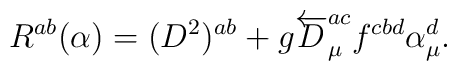
R^{ab}({\alpha})=(D^2)^{ab}+g\overleftarrow{D}_\mu^{ac}f^{cbd}\alpha^d_\mu.